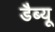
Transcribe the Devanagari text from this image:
डैब्यू